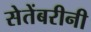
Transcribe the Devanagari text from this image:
सेतेंबरीनी